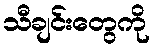
သီချင်းတွေကို